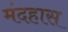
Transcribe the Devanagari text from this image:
मंदहास